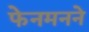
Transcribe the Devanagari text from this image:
फेनमनने